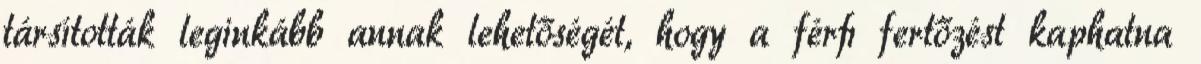
társították leginkább annak lehetőségét, hogy a férﬁ fertőzést kaphatna